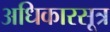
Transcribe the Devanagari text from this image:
अधिकारसूत्र